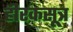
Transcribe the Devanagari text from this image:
हीरकसूत्र